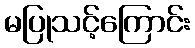
မပြုသင့်ကြောင်း